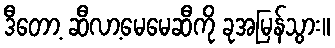
ဒီတော့ ဆီလာ့မေမေဆီကို ခုအမြန်သွား။